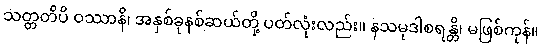
သတ္တတိပိ ဝဿာနိ၊ အနှစ်ခုနစ်ဆယ်တို့ ပတ်လုံးလည်း။ နသမုဒါစရန္တိ၊ မဖြစ်ကုန်။